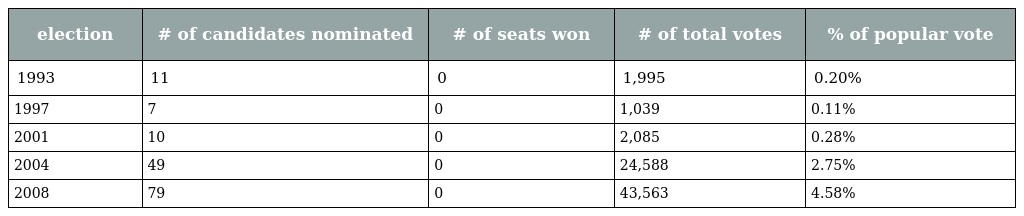
| election | # of candidates nominated | # of seats won | # of total votes | % of popular vote |
 | --- | --- | --- | --- | --- |
 | 1993 | 11 | 0 | 1,995 | 0.20% |
 | 1997 | 7 | 0 | 1,039 | 0.11% |
 | 2001 | 10 | 0 | 2,085 | 0.28% |
 | 2004 | 49 | 0 | 24,588 | 2.75% |
 | 2008 | 79 | 0 | 43,563 | 4.58% |